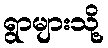
ရွာများသို့